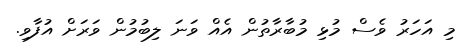
މި އަހަރު ވެސް މުޅި މުބާރާތުން އެއް ވަނަ ލިބުމުން ވަރަށް އުފާވި.